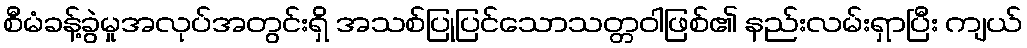
စီမံခန့်ခွဲမှုအလုပ်အတွင်းရှိ အသစ်ပြုပြင်သောသတ္တဝါဖြစ်၏ နည်းလမ်းရှာပြီး ကျယ်